Bréfritari: Sigríður Pálsdóttir
Viðtakandi: Páll Pálsson
Dagsetning: A-1856-01-09
Skrifað á: Hraungerði  Árn.
Páll var bróðir Sigríðar

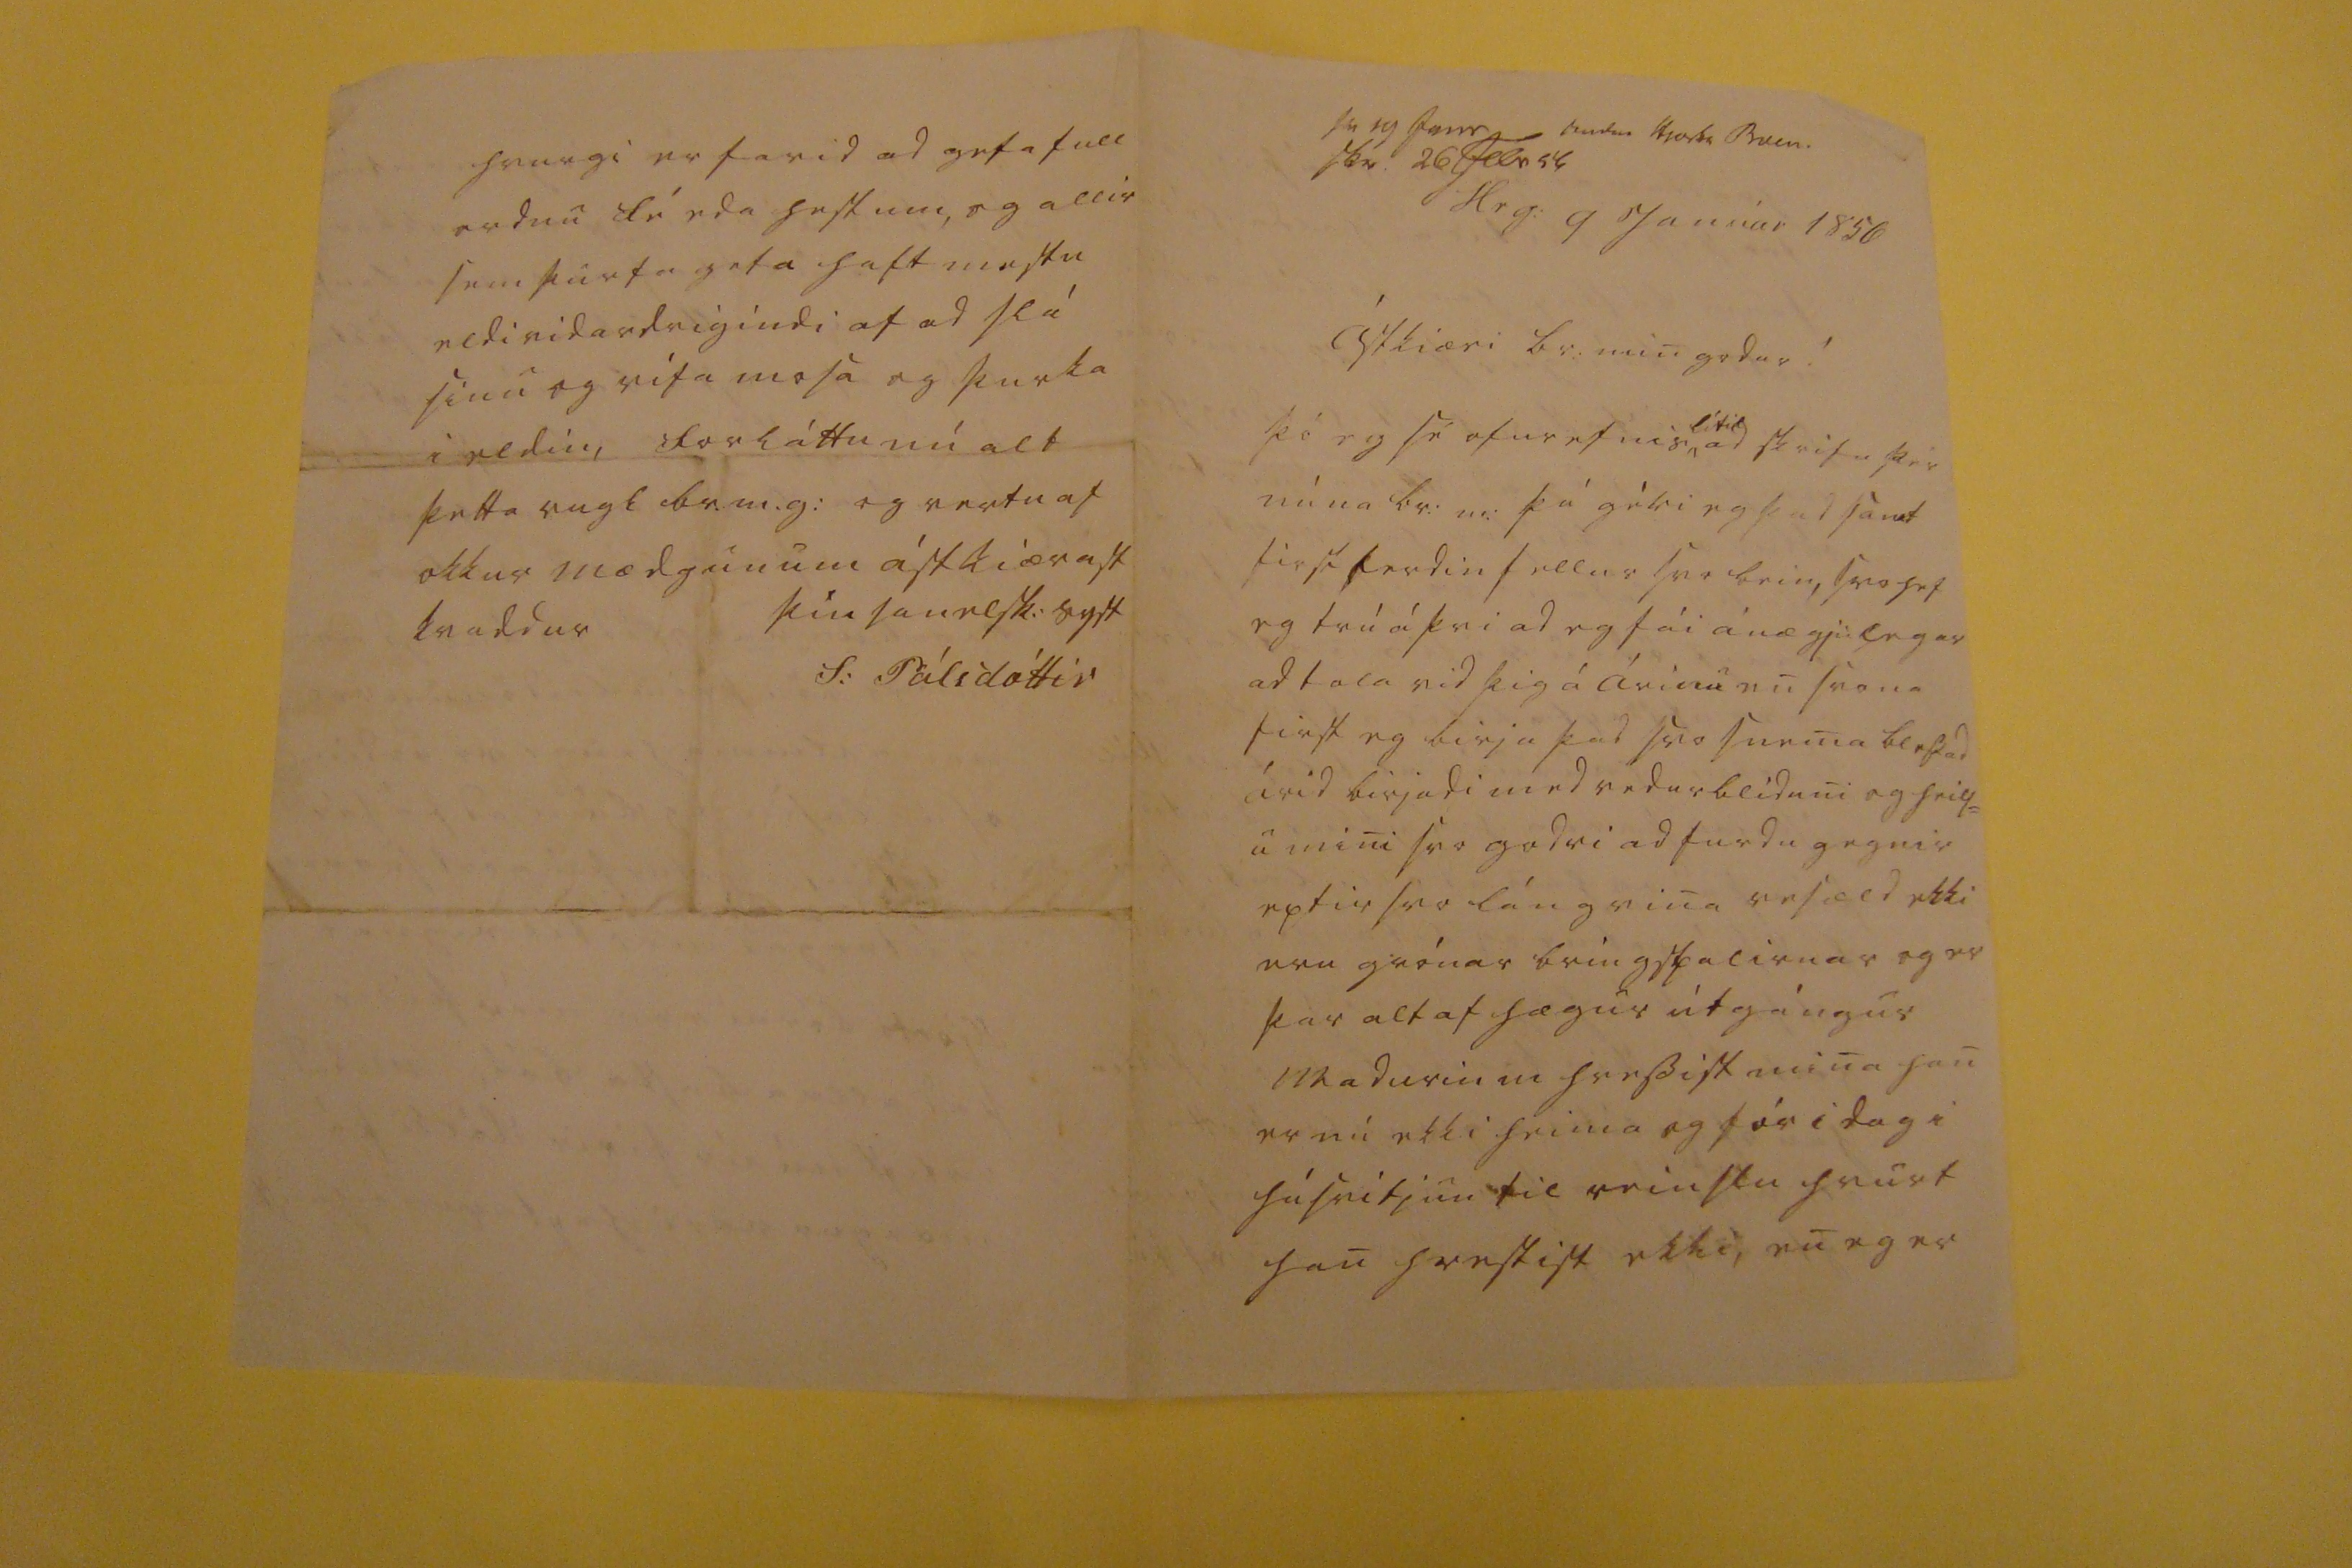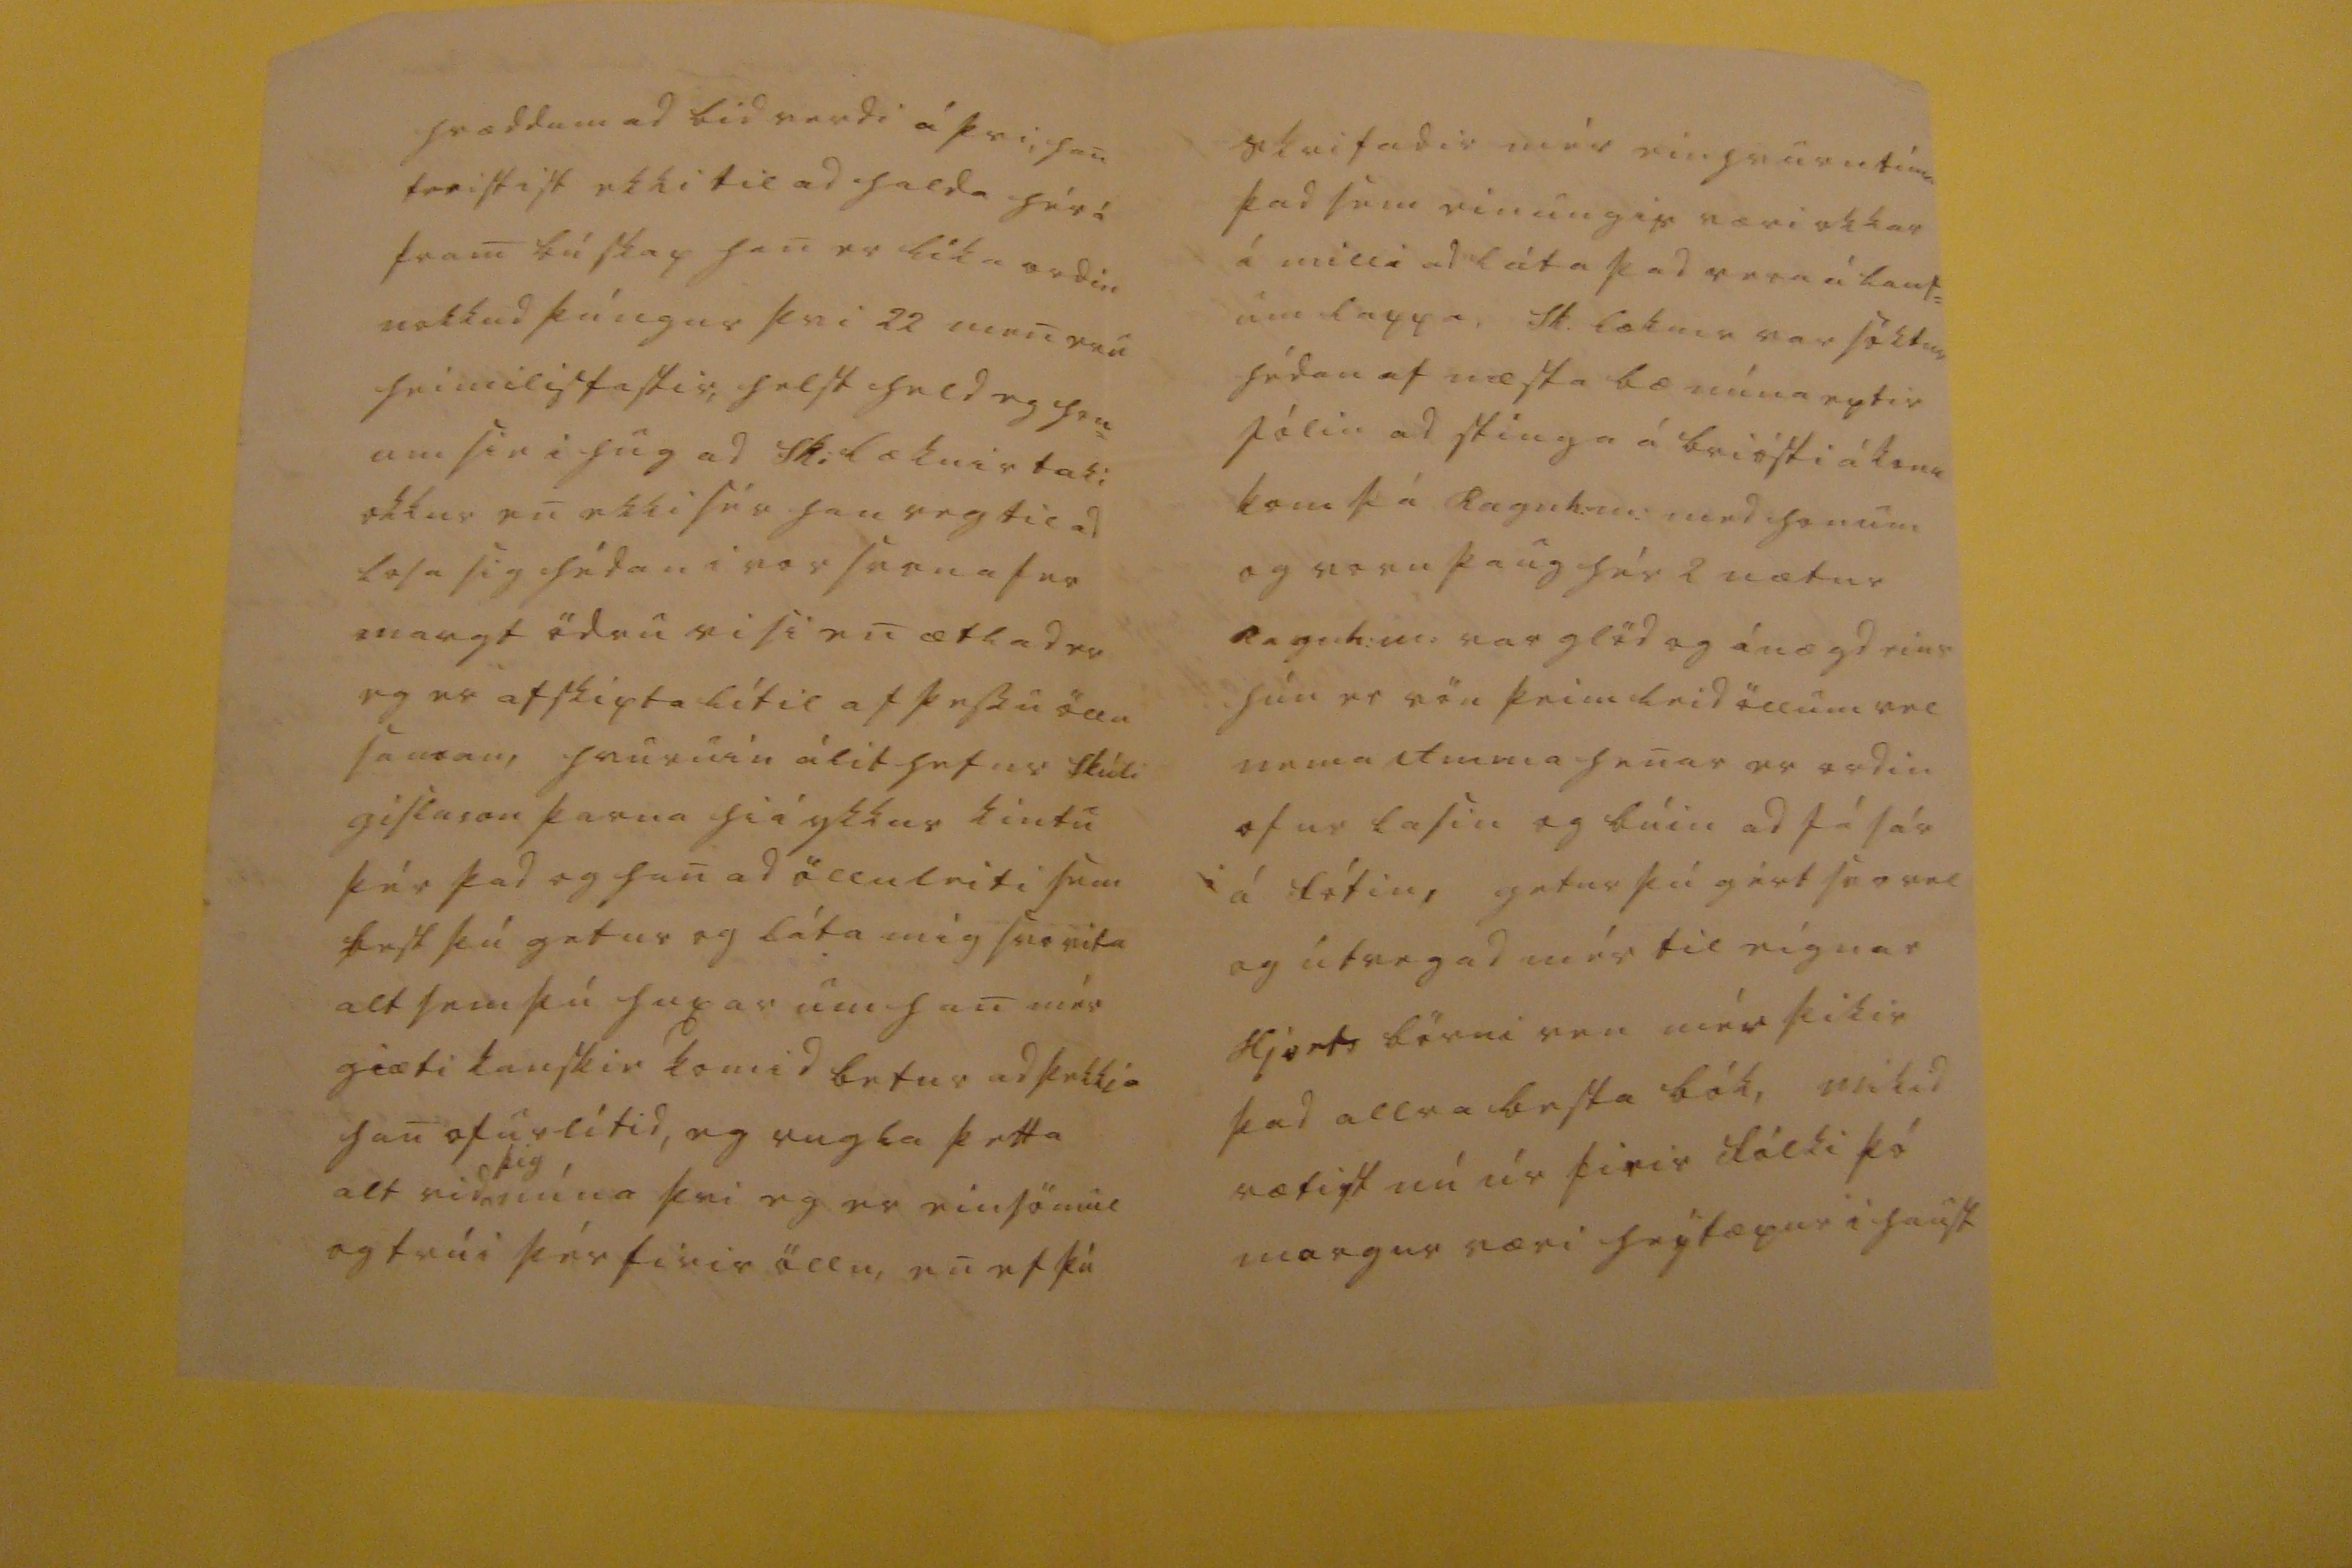

sv 19 jun _ 0000 0jor0a Buin. skr. 26 febr 54
Hrg: 9 Janúar 1856
Ástkiæri br: min godur !
þó eg sé ofur efnis
lítil
, ad skrifa þér núna br: m: þá
géri
eg þad samt first ferdin fellur svo bein, svo hef eg trú á þvi ad eg fái ánægjulegar ad tala vid þig á Árinu en svona first eg birja þad svo snema þettad árid birjadi med vedurbliduni og heils= u mini svo godri ad furdu gegnir eptir svo lángvina vesæld ekki eru grónar bringskalirnar og er þar altaf hægur útgángur madurin m hressist mina han er nú ekki heima og fór i dag i húsvitjun til veinslu hvurt han hrestist ekki, en eg er
hræddum ad bid verdi á þvi, han freistist ekki til ad halda hér á fram búskap han er líka ordin nokkud þúngur þvi 22 men eru heimilisfastir: helst held eg hon= um sie i hug ad
0ki0æknir
taki okkur en ekki sér han
veg
til ad lofa sig hédan i vor
sem af er
margt ödru visi en ætlad er eg er afskipta lítil af þessu öllu saman, hvurnin álit hefur Skúli Gislason þarna hiá ykkur kintu þér þad og han ad öllu leiti sem best þú getur og láta mig svo vita alt sem þú huxar um han mér giæti kanskie komid betur ad þekkia han ofurlítid, eg rugla þetta alt vid
þig
núna þvi eg er einsömu og trúi þér firir öllu, en ef þú
skrifadir mér einhvurntíma þad sem einungis væri okkar á milli ad láta þad vera á
laus um lappa
, Sk. læknir var soktur hédan af næsta bæ núna eptir jólin ad stinga á briósti á konu kom þá Ragnh. m. med honum og voru þaug hér 2 nætur Ragnh:m: var glöd og ánægd eins hún er vön þeim leid öllum vel nema Amma henar er ordin ofur lasin og búin ad fá sér á
fótin
, getur þú gért svo vel og útvegad mér til eignar Hjorts börni eru mér þikir þad allra besta bók, mikid rætist nú úr firir fólki þó margur væri
h0ý0æpur
i haust
hvurgi er farid ad gefa full ordnu fé eda hestum, og allir sem þurfa geta haft mestu eldividardrigindi af ad slá
sinu
og rífa mosa og þurka i
eldin,
forláttu nú alt þetta rugl br.m.g: og vertu af okkur mædgunum ástkiærast kvaddur
þin sanelsk: syst
S: Pálsdóttir